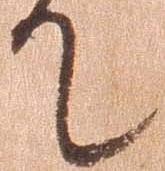
て